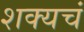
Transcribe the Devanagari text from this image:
शक्यचं